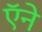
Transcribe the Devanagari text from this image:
ऍने